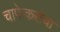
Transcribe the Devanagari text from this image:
चाफेकरांचा